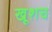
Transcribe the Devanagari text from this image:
खूशच